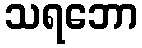
သရဘော